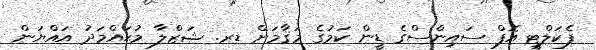
ފެކަލްޓީ އޮފް ސައިންސްގެ ޑީން ކަމުގެ މަޤާމަށް ޑރ. ޝަޒްލާ މުޙައްމަދު އައްޔަން